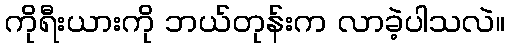
ကိုရီးယားကို ဘယ်တုန်းက လာခဲ့ပါသလဲ။